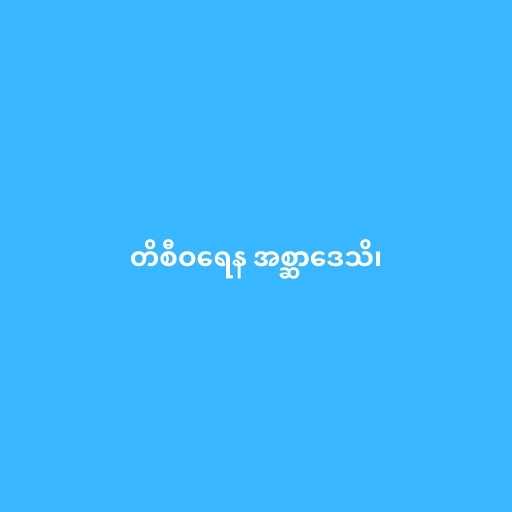
တိစီဝရေန အစ္ဆာဒေသိ၊